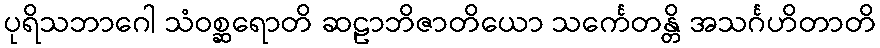
ပုရိသဘာဂေါ သံဝစ္ဆရောတိ ဆဠာဘိဇာတိယော သင်္ကေတန္တိ အသင်္ဂဟိတာတိ